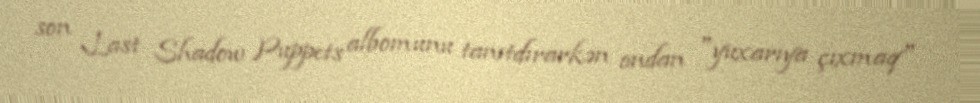
son Last Shadow Puppets albomunu tanıtdırarkən ondan "yuxarıya çıxmaq"